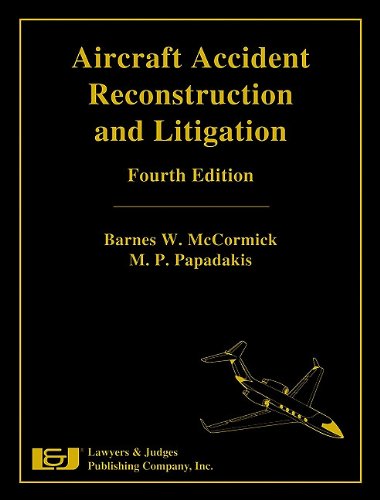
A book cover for Aircraft Accident Reconstruction & Litigation, Fourth Edition; Barnes W. McCormick; Law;